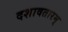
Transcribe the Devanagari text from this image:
दशावतारम्‌